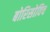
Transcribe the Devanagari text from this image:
बोरिसोविच